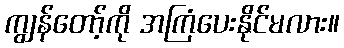
ကျွန်တော့်ကို အကြံပေးနိုင်မလား။